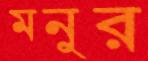
মনুর